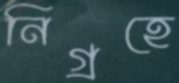
নিগ্রহে